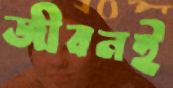
জীবনই